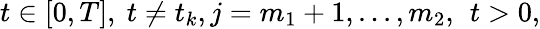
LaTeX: t\in[0,T],\ t\neq t_{k},j=m_{1}+1,...,m_{2},\, \ t>0,